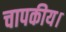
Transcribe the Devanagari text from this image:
चापकीय।